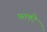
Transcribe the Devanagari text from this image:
पतकी